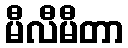
မီလီမီတာ